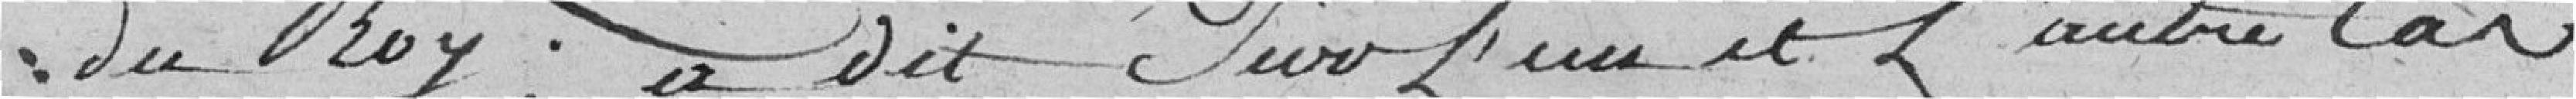
du Roy; a dit sur l'un et l'autre cas